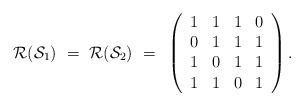
LaTeX: \begin{align*}\mathcal{R}(\mathcal{S}_1) ~=~\mathcal{R}(\mathcal{S}_2) ~=~\left(\begin{array}{cccc}1 & 1 & 1 & 0 \\0 & 1 & 1 & 1 \\1 & 0 & 1 & 1 \\1 & 1 & 0 & 1 \end{array}\right).\end{align*}